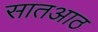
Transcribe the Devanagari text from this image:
सातआठ